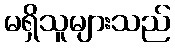
မရှိသူများသည်